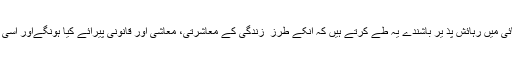
زمین کے ایک خطّے پر موجود اس سیاسی اکائی میں رہائش پذ یر باشندے یہ طے کرتے ہیں کہ انکے طرز ِ زندگی کے معاشرتی، معاشی اور قانونی پیرائے کیا ہونگےاور اسی کی وضاحت کے لیئے ایک آئین بنایا جاتا ہے۔